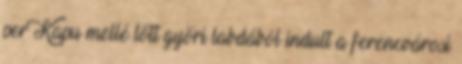
per Kapu mellé lőtt győri labdából indult a ferencvárosi